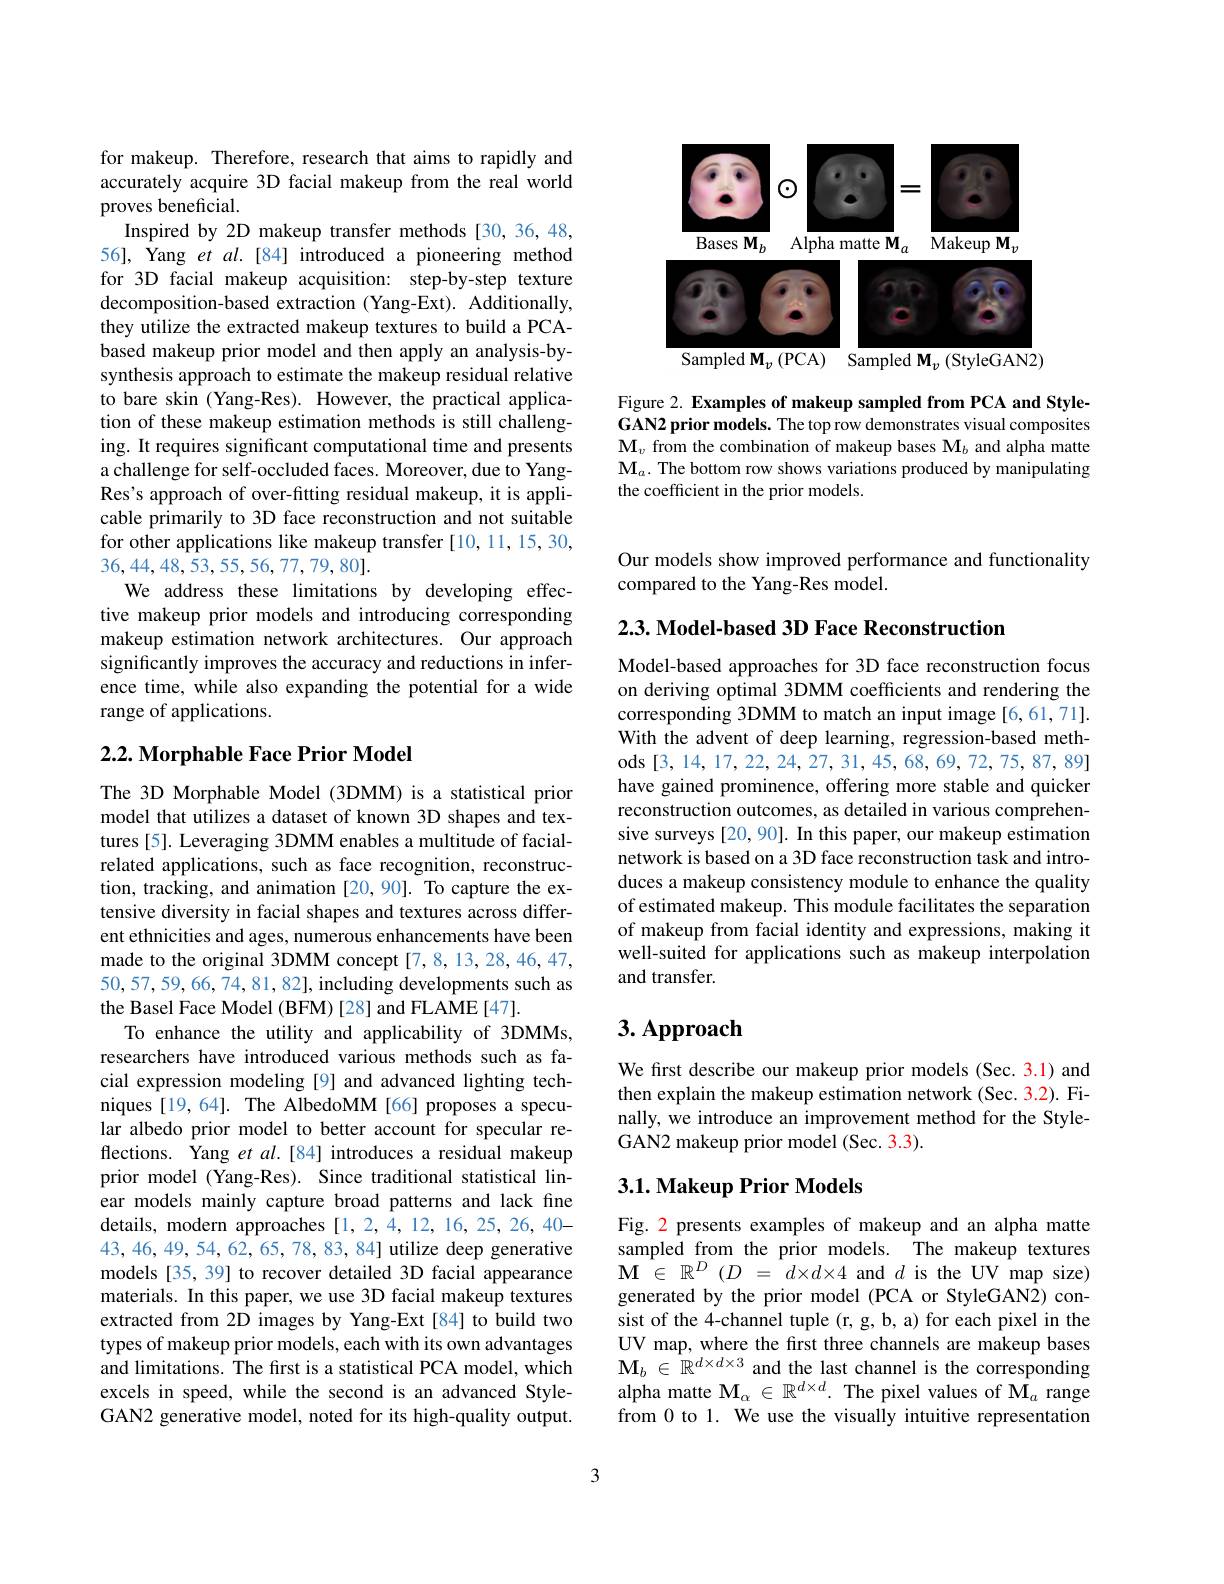
<FigureHere>

Figure 2. Examples of makeup sampled from PCA and StyleGAN2 prior models. The top row demonstrates visual composites $\mathbf{M}_v$ from the combination of makeup bases $\mathbf{M}_b$ and alpha matte $\mathbf{M}_a.$ The bottom row shows variations produced by manipulating the coefficient in the prior models.

for makeup. Therefore, research that aims to rapidly and accurately acquire 3D facial makeup from the real world proves beneficial.
Inspired by 2D makeup transfer methods [30,36,48, 56], Yang et al.[84] introduced a pioneering method for 3D facial makeup acquisition: step-by-step texture decomposition-based extraction (Yang-Ext). Additionally, they utilize the extracted makeup textures to build a PCAbased makeup prior model and then apply an analysis-bysynthesis approach to estimate the makeup residual relative to bare skin (Yang-Res). However, the practical application of these makeup estimation methods is still challenging. It requires significant computational time and presents a challenge for self-occluded faces. Moreover, due to YangRes's approach of over-fitting residual makeup, it is applicable primarily to 3D face reconstruction and not suitable for other applications like makeup transfer [10,11,15,30, 36,44,48,53,55,56,77,79,80].
We address these limitations by developing effective makeup prior models and introducing corresponding makeup estimation network architectures. Our approach significantly improves the accuracy and reductions in inference time, while also expanding the potential for a wide range of applications.

## $2. 2. \textbf{Morphable Face Prior Model}$

The 3D Morphable Model (3DMM) is a statistical prior model that utilizes a dataset of known 3D shapes and textures [5]. Leveraging 3DMM enables a multitude of facialrelated applications, such as face recognition, reconstruction, tracking, and animation [20,90]. To capture the extensive diversity in facial shapes and textures across different ethnicities and ages, numerous enhancements have been made to the original 3DMM concept [7,8,13,28,46,47, $50,57,59,66,\tilde{74},81,82]$,including developments such as the Basel Face Model (BFM) [28] and FLAME [47].
To enhance the utility and applicability of 3DMMs, researchers have introduced various methods such as facial expression modeling [9] and advanced lighting techniques [19,64]. The AlbedoMM [66] proposes a specular albedo prior model to better account for specular reflections. $\hat{\text{Yang et al.[84] introduces a residual makeup}}$ prior model (Yang-Res). Since traditional statistical linear models mainly capture broad patterns and lack fine details, modern approaches[1,2,4,12,16,25,26,40- 43,46,49,54,62,65,78,83,84] utilize deep generative models [35, 39] to recover detailed 3D facial appearance materials. In this paper, we use 3D facial makeup textures extracted from 2D images by Yang-Ext[84] to build two types of makeup prior models, each with its own advantages and limitations. The fırst is a statistical PCA model, which excels in speed, while the second is an advanced StyleGAN2 generative model, noted for its high-quality output.

Our models show improved performance and functionality
compared to the Yang-Res model.

$2. 3. \textbf{ Model- based 3D Face Reconstruction}$

Model-based approaches for 3D face reconstruction focus on deriving optimal 3DMM coefficients and rendering the corresponding 3DMM to match an input image [6,61,71]. With the advent of deep learning, regression-based methods [3,14,17,22,24,27,31,45,68,69,72,75,87,89] have gained prominence, offering more stable and quicker reconstruction outcomes, as detailed in various comprehensive surveys [20,90]. In this paper, our makeup estimation network is based on a 3D face reconstruction task and introduces a makeup consistency module to enhance the quality of estimated makeup. This module facilitates the separation of makeup from facial identity and expressions, making it well-suited for applications such as makeup interpolation and transfer.

## $3. \textbf{Approach}$

We first describe our makeup prior models (Sec. 3.1) and then explain the makeup estimation network (Sec. 3.2). Finally, we introduce an improvement method for the StyleGAN2 makeup prior model (Sec. 3.3).

## $3. 1. \textbf{Makeup Prior Models}$

Fig. 2 presents examples of makeup and an alpha matte sampled from the prior models. The makeup textures $\mathbf{M} ^{\prime }\in \mathbb{R} ^{D}$ $( D$ = $d\times d\times 4$ and$d$is the UV map size) generated by the prior model (PCA or StyleGAN2) consist of the 4-channel tuple (r, g, b, a) for each pixel in the UV map, where the first three channels are makeup bases $\mathbf{M}_b\in\mathbb{R}^{d\times d\times3}$ and the last channel is the corresponding alpha matte $\mathbf{M}_\alpha\in\mathbb{R}^{d\times d}.$ The pixel values of $\mathbf{M}_a$ range from 0 to 1. We use the visually intuitive representation

3